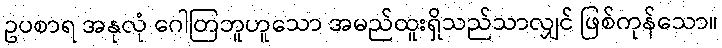
ဥပစာရ အနုလုံ ဂေါတြဘူဟူသော အမည်ထူးရှိသည်သာလျှင် ဖြစ်ကုန်သော။